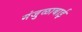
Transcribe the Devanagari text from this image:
मंजुळाबाई